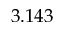
3 . 1 4 3